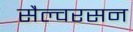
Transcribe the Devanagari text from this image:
सैल्वरसन